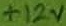
Text: +12V